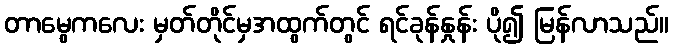
တာမွေကလေး မှတ်တိုင်မှအထွက်တွင် ရင်ခုန်နှုန်း ပို၍ မြန်လာသည်။